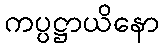
ကပ္ပဋ္ဌာယိနော